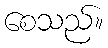
စေသည်။